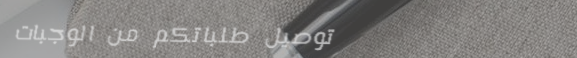
توصيل طلباتكم من الوجبات